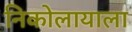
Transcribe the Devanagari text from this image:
निकोलायाला